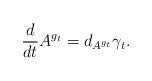
LaTeX: \begin{align*}\frac{d}{dt} A^{g_t} = d_{A^{g_t}}\gamma_t.\end{align*}